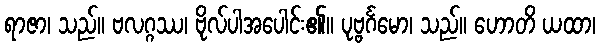
ရာဇာ၊ သည်။ ဗလဂ္ဂဿ၊ ဗိုလ်ပါအပေါင်း၏။ ပုဗ္ဗင်္ဂမော၊ သည်။ ဟောတိ ယထာ၊